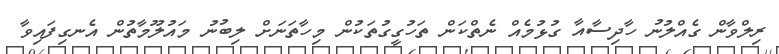
ރިލްވާން ގެއްލުނު ހާދިސާއާ ގުޅުމެއް ނެތްކަން ތަހުގީގުތަކުން މިހާތަނަށް ލިބުނު މައުލޫމާތުން އެނގިފައިވާ